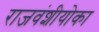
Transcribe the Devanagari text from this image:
राजवंशीयोका